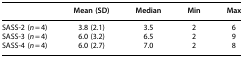
<table><thead><tr><td>[EMPTY_CELL]</td><td><b>Mean (SD)</b></td><td><b>Median</b></td><td><b>Min</b></td><td><b>Max</b></td></tr></thead><tbody><tr><td>SASS-2 (<i>n</i> = 4)</td><td>3.8 (2.1)</td><td>3.5</td><td>2</td><td>6</td></tr><tr><td>SASS-3 (<i>n</i> = 4)</td><td>6.0 (3.2)</td><td>6.5</td><td>2</td><td>9</td></tr><tr><td>SASS-4 (<i>n</i> = 4)</td><td>6.0 (2.7)</td><td>7.0</td><td>2</td><td>8</td></tr></tbody></table>